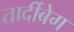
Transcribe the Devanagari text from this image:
तार्दीबेग